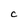
Character: C